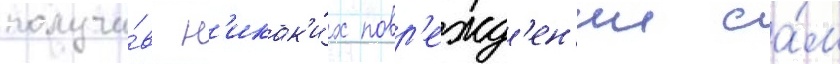
получи́в н'икак'и́х повр'ежд'ен'ии са́м